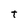
Character: t